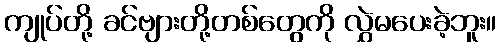
ကျုပ်တို့ ခင်ဗျားတို့တစ်တွေကို လွှဲမပေးခဲ့ဘူး။